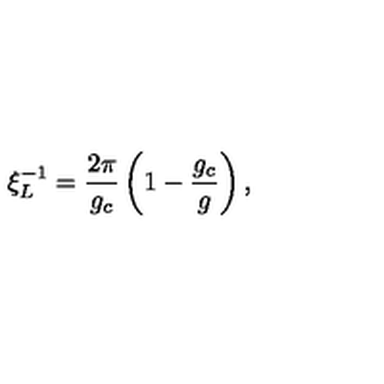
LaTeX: \xi _ { L } ^ { - 1 } = { \frac { 2 \pi } { g _ { c } } } \left( 1 - { \frac { g _ { c } } { g } } \right) ,